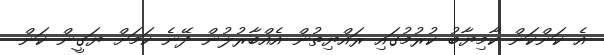
އެ ކަންކަން ކާމިޔާބު ކުރުމުގައި ރައްޔިތުން އެއްބާރުލުން ދޭނެ ކަމަށް ޔަގީން ކަން